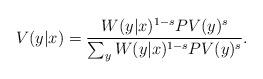
LaTeX: \begin{align*}V(y|x) = \frac{W(y|x)^{1-s} PV(y)^s}{\sum_y W(y|x)^{1-s} PV(y)^s} .\end{align*}